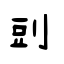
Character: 剅